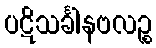
ပဋိသင်္ခါနဗလဉ္စ